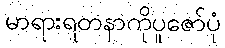
မာရားရတနာကိုပူဇော်ပုံ